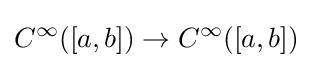
C^{\infty }([a,b])\to C^{\infty }([a,b])